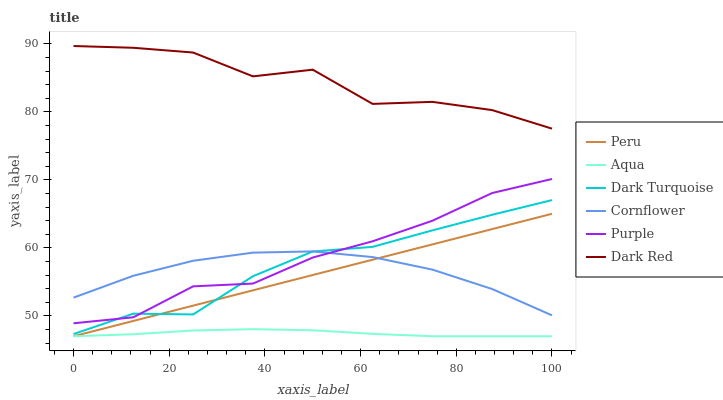
| xaxis_label | Peru | Aqua | Dark Turquoise | Cornflower | Purple | Dark Red |
 | --- | --- | --- | --- | --- | --- | --- |
 | 0 | 47 | 47 | 47.3 | 52.7 | 48.9 | 89.7 |
 | 12.5 | 49.3 | 47.3 | 50.3 | 55.9 | 49.8 | 89.4 |
 | 25 | 51.5 | 47.8 | 50.2 | 58.1 | 54.3 | 88.7 |
 | 37.5 | 53.8 | 48 | 55.8 | 59.3 | 54.7 | 85.2 |
 | 50 | 56 | 47.9 | 59.5 | 59.5 | 58.6 | 86.2 |
 | 62.5 | 58.3 | 47.4 | 60.2 | 58.7 | 61 | 81.2 |
 | 75 | 60.5 | 47 | 62.6 | 56.8 | 64 | 81.5 |
 | 87.5 | 62.8 | 47 | 64.9 | 53.9 | 68.1 | 80.3 |
 | 100 | 65 | 47 | 67 | 50.1 | 70.1 | 77.5 |